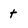
Character: t